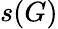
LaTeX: s(G)